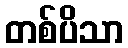
တစ်ပိသာ